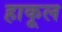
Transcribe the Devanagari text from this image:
हाकूल